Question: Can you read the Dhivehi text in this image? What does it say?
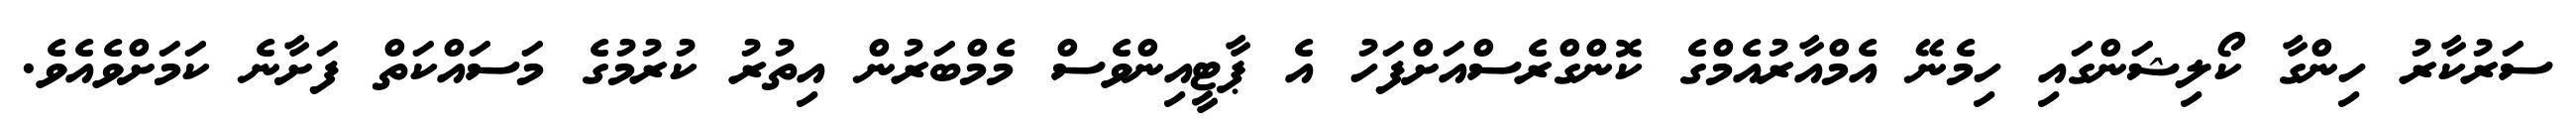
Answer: ސަރުކާރު ހިންގާ ކޯލިޝަންގައި ހިމެނޭ އެމްއާރުއެމްގެ ކޮންގްރެސްއަށްފަހު އެ ޕާޓީއިންވެސް މެމްބަރުން އިތުރު ކުރުމުގެ މަސައްކަތް ފަށާނެ ކަމަށްވެއެވެ.